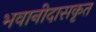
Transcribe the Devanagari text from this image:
भवानीदासकृत